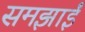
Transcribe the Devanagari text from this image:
समझाईं